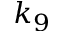
k _ { 9 }